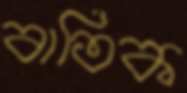
বাতিক